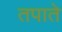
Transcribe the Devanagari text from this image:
तपाते